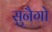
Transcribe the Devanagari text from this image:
सुनैगो